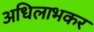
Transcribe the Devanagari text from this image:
अधिलाभकर